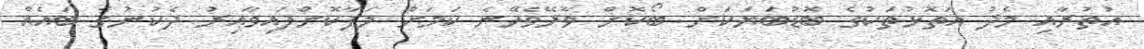
އުތުރާއި މެދު އަތޮޅުތަކުގެ ބޮޑުބަޔަކަށް ބޯކޮށް ވާރޭވެހޭނެ ކަމަށް ލަފާކޮށްފައިވާއިރު ދެކުނުގެ ބައެއް